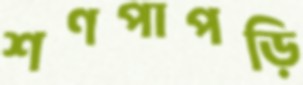
শণপাপড়ি